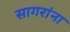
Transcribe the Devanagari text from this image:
सागरांना